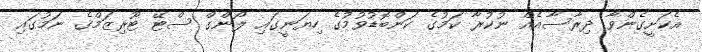
އެކަށީގެންވާ ދިރާސާއެއް ނުކުރާ ކަމުގެ ކަންބޮޑުވުމުގެ ހިޔަނީގައި ލޯންގް ސްޓޭ ޓޫރިޒަމްގެ ނަމުގައި